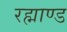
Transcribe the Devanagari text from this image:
रह्माण्ड